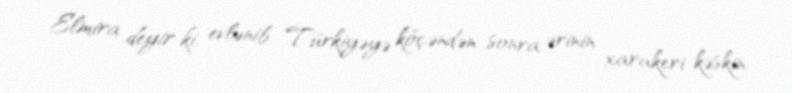
Elmira deyir ki, evlənib Türkiyəyə köçəndən sonra ərinin xarakeri kəskin